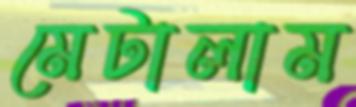
মেটালাম